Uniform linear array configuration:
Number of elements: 32
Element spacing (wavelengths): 1
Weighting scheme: hann
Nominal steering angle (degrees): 60
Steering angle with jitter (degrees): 59.758
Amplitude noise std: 0.05
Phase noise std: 0.05

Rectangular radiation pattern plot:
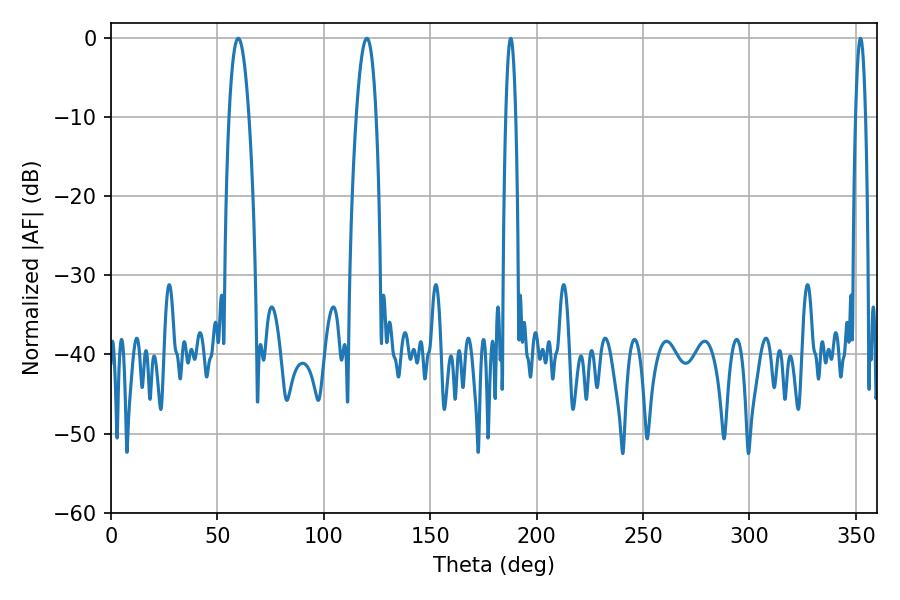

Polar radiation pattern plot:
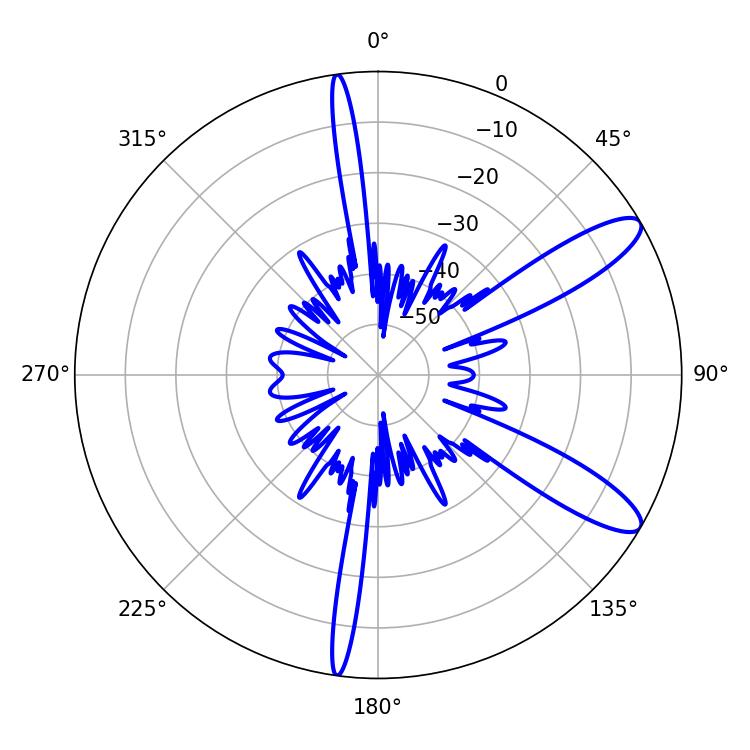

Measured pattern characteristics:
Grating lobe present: TRUE
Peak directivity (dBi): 11.101
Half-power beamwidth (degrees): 5.22
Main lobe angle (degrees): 120.24